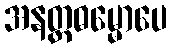
အနတ္တဓမ္မောပေ